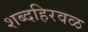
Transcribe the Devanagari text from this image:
शब्दहिरवळ